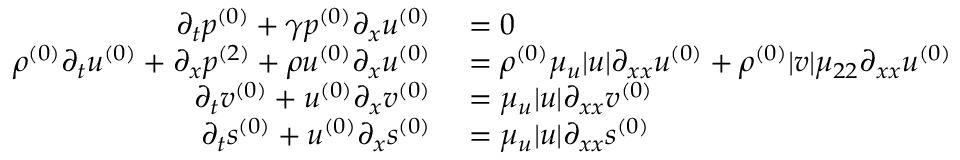
\begin{array} { r l } { \partial _ { t } \ensuremath { p ^ { ( 0 ) } } + \gamma \ensuremath { p ^ { ( 0 ) } } \partial _ { x } \ensuremath { u ^ { ( 0 ) } } } & { { } = 0 } \\ { \ensuremath { \rho ^ { ( 0 ) } } \partial _ { t } \ensuremath { u ^ { ( 0 ) } } + \partial _ { x } \ensuremath { p ^ { ( 2 ) } } + \ensuremath { \rho u ^ { ( 0 ) } } \partial _ { x } \ensuremath { u ^ { ( 0 ) } } } & { { } = \ensuremath { \rho ^ { ( 0 ) } } \mu _ { u } | u | \partial _ { x x } \ensuremath { u ^ { ( 0 ) } } + \ensuremath { \rho ^ { ( 0 ) } } | v | \mu _ { 2 2 } \partial _ { x x } \ensuremath { u ^ { ( 0 ) } } } \\ { \partial _ { t } \ensuremath { v ^ { ( 0 ) } } + \ensuremath { u ^ { ( 0 ) } } \partial _ { x } \ensuremath { v ^ { ( 0 ) } } } & { { } = \mu _ { u } | u | \partial _ { x x } \ensuremath { v ^ { ( 0 ) } } } \\ { \partial _ { t } \ensuremath { s ^ { ( 0 ) } } + \ensuremath { u ^ { ( 0 ) } } \partial _ { x } \ensuremath { s ^ { ( 0 ) } } } & { { } = \mu _ { u } | u | \partial _ { x x } \ensuremath { s ^ { ( 0 ) } } } \end{array}